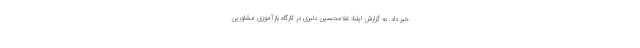
خبر داد. به گزارش ایلنا، غلامحسین دلبری در کارگاه بازآموزی مشاورین